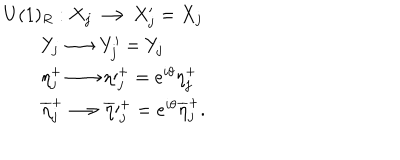
\begin{array} { l c r } { { U ( 1 ) _ { R } : X _ { j } \longrightarrow X _ { j } ^ { \prime } = X _ { j } } } \\ { { \qquad Y _ { j } \longrightarrow Y _ { j } ^ { \prime } = Y _ { j } } } \\ { { \qquad \eta _ { j } ^ { + } \longrightarrow \eta \prime _ { j } ^ { + } = e ^ { i \theta } \eta _ { j } ^ { + } } } \\ { { \qquad \overline { { { \eta } } } _ { j } ^ { + } \longrightarrow \overline { { { \eta } } } \prime _ { j } ^ { + } = e ^ { i \theta } \overline { { { \eta } } } _ { j } ^ { + } . } } \\ \end{array}